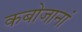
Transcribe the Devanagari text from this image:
कबोजानां